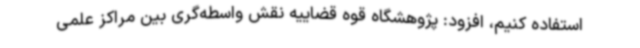
استفاده کنیم، افزود: پژوهشگاه قوه قضاییه نقش واسطه‌گری بین مراکز علمی